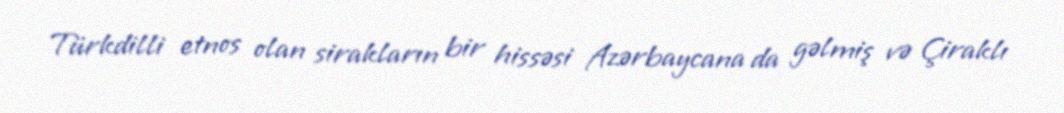
Türkdilli etnos olan sirakların bir hissəsi Azərbaycana da gəlmiş və Çiraklı